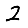
Digit: 2